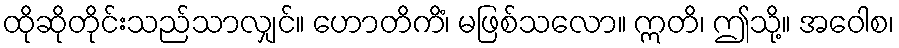
ထိုဆိုတိုင်းသည်သာလျှင်။ ဟောတိကိံ၊ မဖြစ်သလော။ ဣတိ၊ ဤသို့။ အဝေါစ၊